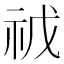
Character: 𮁥